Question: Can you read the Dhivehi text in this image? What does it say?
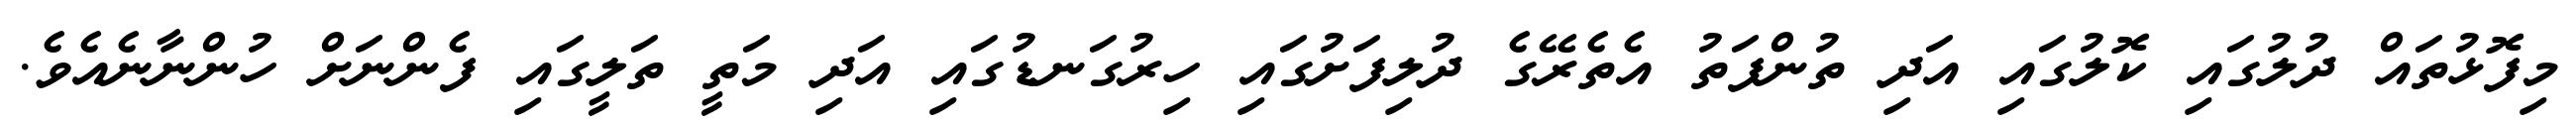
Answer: މިފޮޅުތައް ދުލުގައި ކޮލުގައި އަދި ތުންފަތު އެތެރޭގެ ދުލިފަށުގައި ހިރުގަނޑުގައި އަދި މަތީ ތަލީގައި ފެންނަށް ހުންނާނެއެވެ.